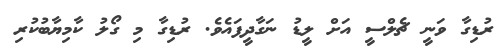
ރުޑިގާ ވަނީ ޗެލްސީ އަށް ލީޑު ނަގާދީފައެވެ. ރުޑިގާ މި ގޯލު ކާމިޔާބުކުރި